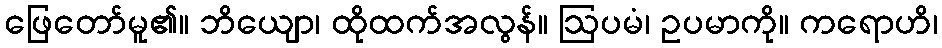
ဖြေတော်မူ၏။ ဘိယျော၊ ထိုထက်အလွန်။ ဩပမံ၊ ဥပမာကို။ ကရောဟိ၊